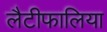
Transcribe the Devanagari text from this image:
लैटीफालिया